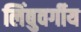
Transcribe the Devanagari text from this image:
लिंबुवर्गीय